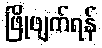
ဖြိုဖျက်ရန်